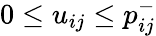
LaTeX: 0\leq u_{ij}\leq p_{ij}^{-}